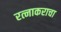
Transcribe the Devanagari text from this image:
रत्नाकराचा